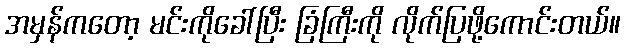
အမှန်ကတော့ မင်းကိုခေါ်ပြီး ခြံကြီးကို လိုက်ပြဖို့ကောင်းတယ်။